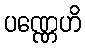
ပဏ္ဏေဟိ